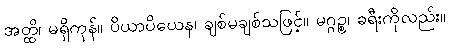
အတ္ထိ၊ မရှိကုန်။ ပိယာပိယေန၊ ချစ်မချစ်သဖြင့်။ မဂ္ဂဉ္စ၊ ခရီးကိုလည်း။